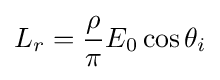
L_{r}={\frac {\rho }{\pi }}E_{0}\cos \theta _{i}